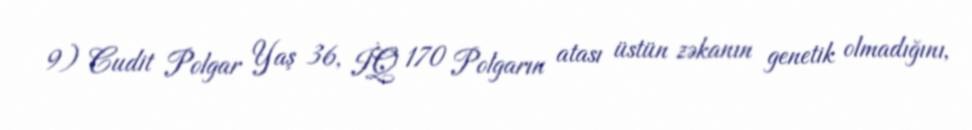
9) Cudit Polgar Yaş 36, İQ 170 Polgarın atası üstün zəkanın genetik olmadığını,